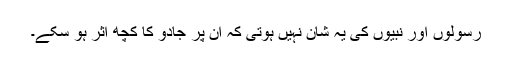
رسولوں اور نبیوں کی یہ شان نہیں ہوتی کہ ان پر جادو کا کچھ اثر ہو سکے۔